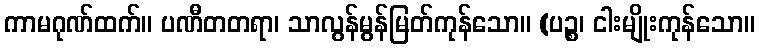
ကာမဂုဏ်ထက်။ ပဏီတတရာ၊ သာလွန်မွန်မြတ်ကုန်သော။ (ပဉ္စ၊ ငါးမျိုးကုန်သော။